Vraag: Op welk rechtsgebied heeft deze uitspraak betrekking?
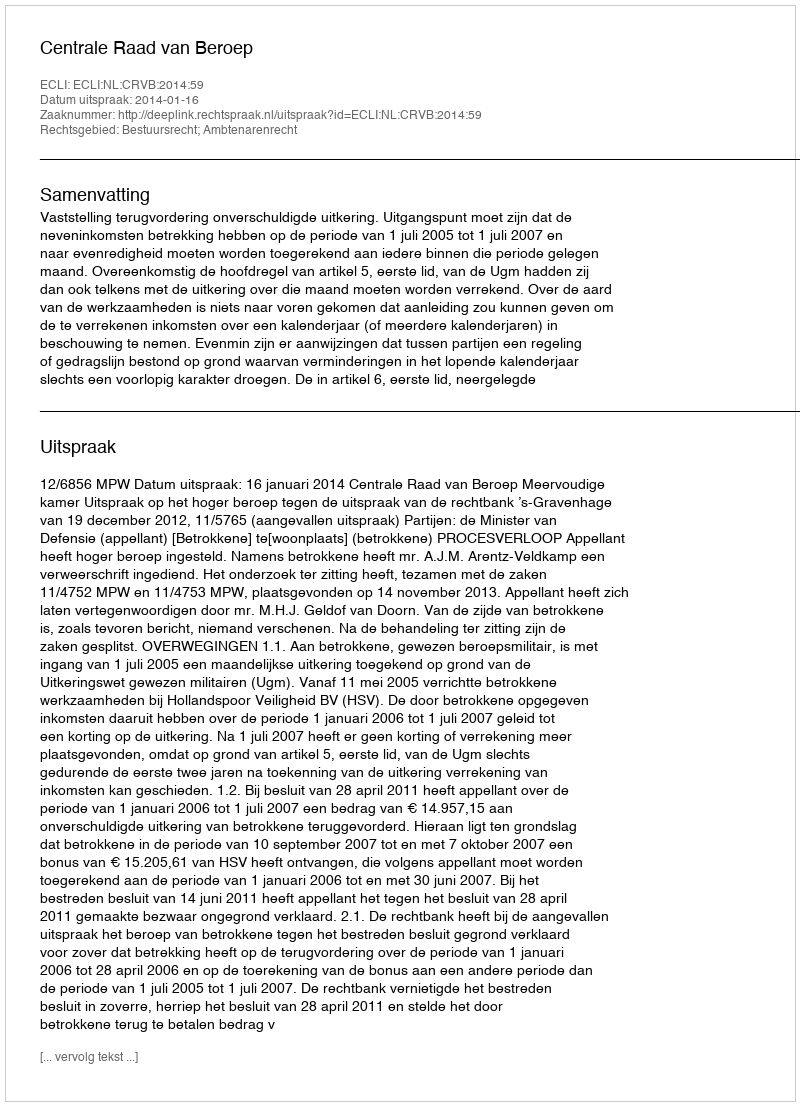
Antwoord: Bestuursrecht; Ambtenarenrecht